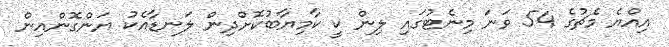
އިއްޔެ މެޗުގެ 54 ވަނަ މިނެޓުގައި ލިން ކީ ކާމިޔާބުކޮށްދިން ލަނޑާއެކު ޔަންގޮންއިން